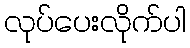
လုပ်ပေးလိုက်ပါ